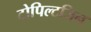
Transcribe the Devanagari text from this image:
टोपिल्टजिन